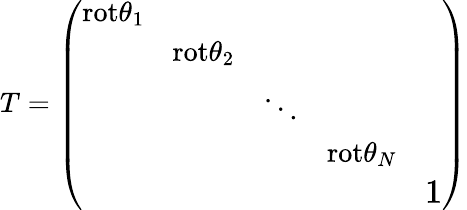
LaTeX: T=\left(\begin{array}{ccccc}{{\mathrm{rot}\theta_{1}}}&{{}}&{{}}&{{}}&{{}}\\ {{}}&{{\mathrm{rot}\theta_{2}}}&{{}}&{{}}&{{}}\\ {{}}&{{}}&{{\ddots}}&{{}}&{{}}\\ {{}}&{{}}&{{}}&{{\mathrm{rot}\theta_{N}}}&{{}}\\ {{}}&{{}}&{{}}&{{}}&{{{\large 1}}}\end{array}\right)